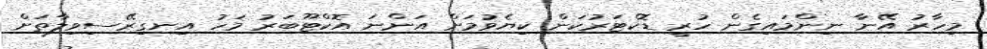
މިހާރު އޭނާ ނިންމައިގެން ހުރީ ޑޮކްޓަރުކަން ކިޔެވުމަށް އަންނަ އޮކްޓޫބަރު މަހު އިނގިރޭސިވިލާތަށް